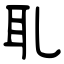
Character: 耴